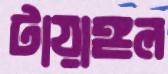
টায়াঙ্গল